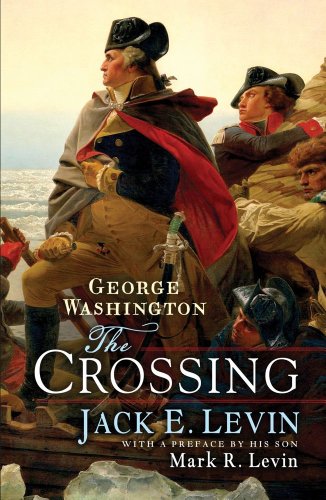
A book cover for George Washington: The Crossing; Jack E. Levin; Biographies & Memoirs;